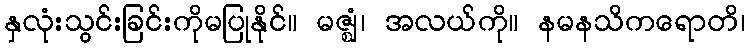
နှလုံးသွင်းခြင်းကိုမပြုနိုင်။ မဇ္ဈံ၊ အလယ်ကို။ နမနသိကရောတိ၊